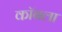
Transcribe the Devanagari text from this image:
कॉबला